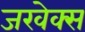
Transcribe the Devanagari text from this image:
जरवेक्स